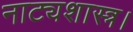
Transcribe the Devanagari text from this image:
नाट्यशास्त्र।